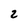
Character: 2